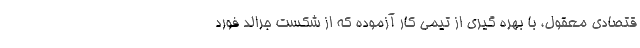
قتصادی معقول، با بهره گیری از تیمی کار آزموده که از شکست جرالد فورد